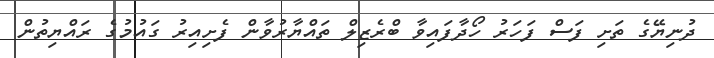
ދުނިޔޭގެ ތަށި ފަސް ފަހަރު ހޯދާފައިވާ ބްރެޒިލް ތައްޔާރުވާން ފެށިއިރު ގައުމުގެ ރައްޔިތުން